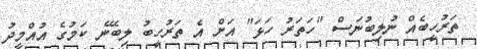
ތަރުހީބެއް ނުލިބުނަސް "ހަތަރު ހަޅަ" އަށް އެ ތަރުހީބު ލިބޭނެ ކަމުގެ އުއްމީދު